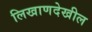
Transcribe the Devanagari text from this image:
लिखाणदेखील